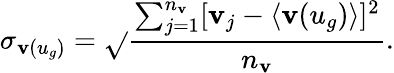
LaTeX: \sigma_{\mathbf{v}(u_{g})}=\sqrt{}{{\frac{{\sum_{j=1}^{n_{\mathbf{v}}}[\mathbf{v}_{j}-\langle\mathbf{v}(u_{g})\rangle]^{2}}}{{n_{\mathbf{v}}}}}}.